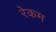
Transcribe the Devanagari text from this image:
रेकम